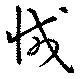
減